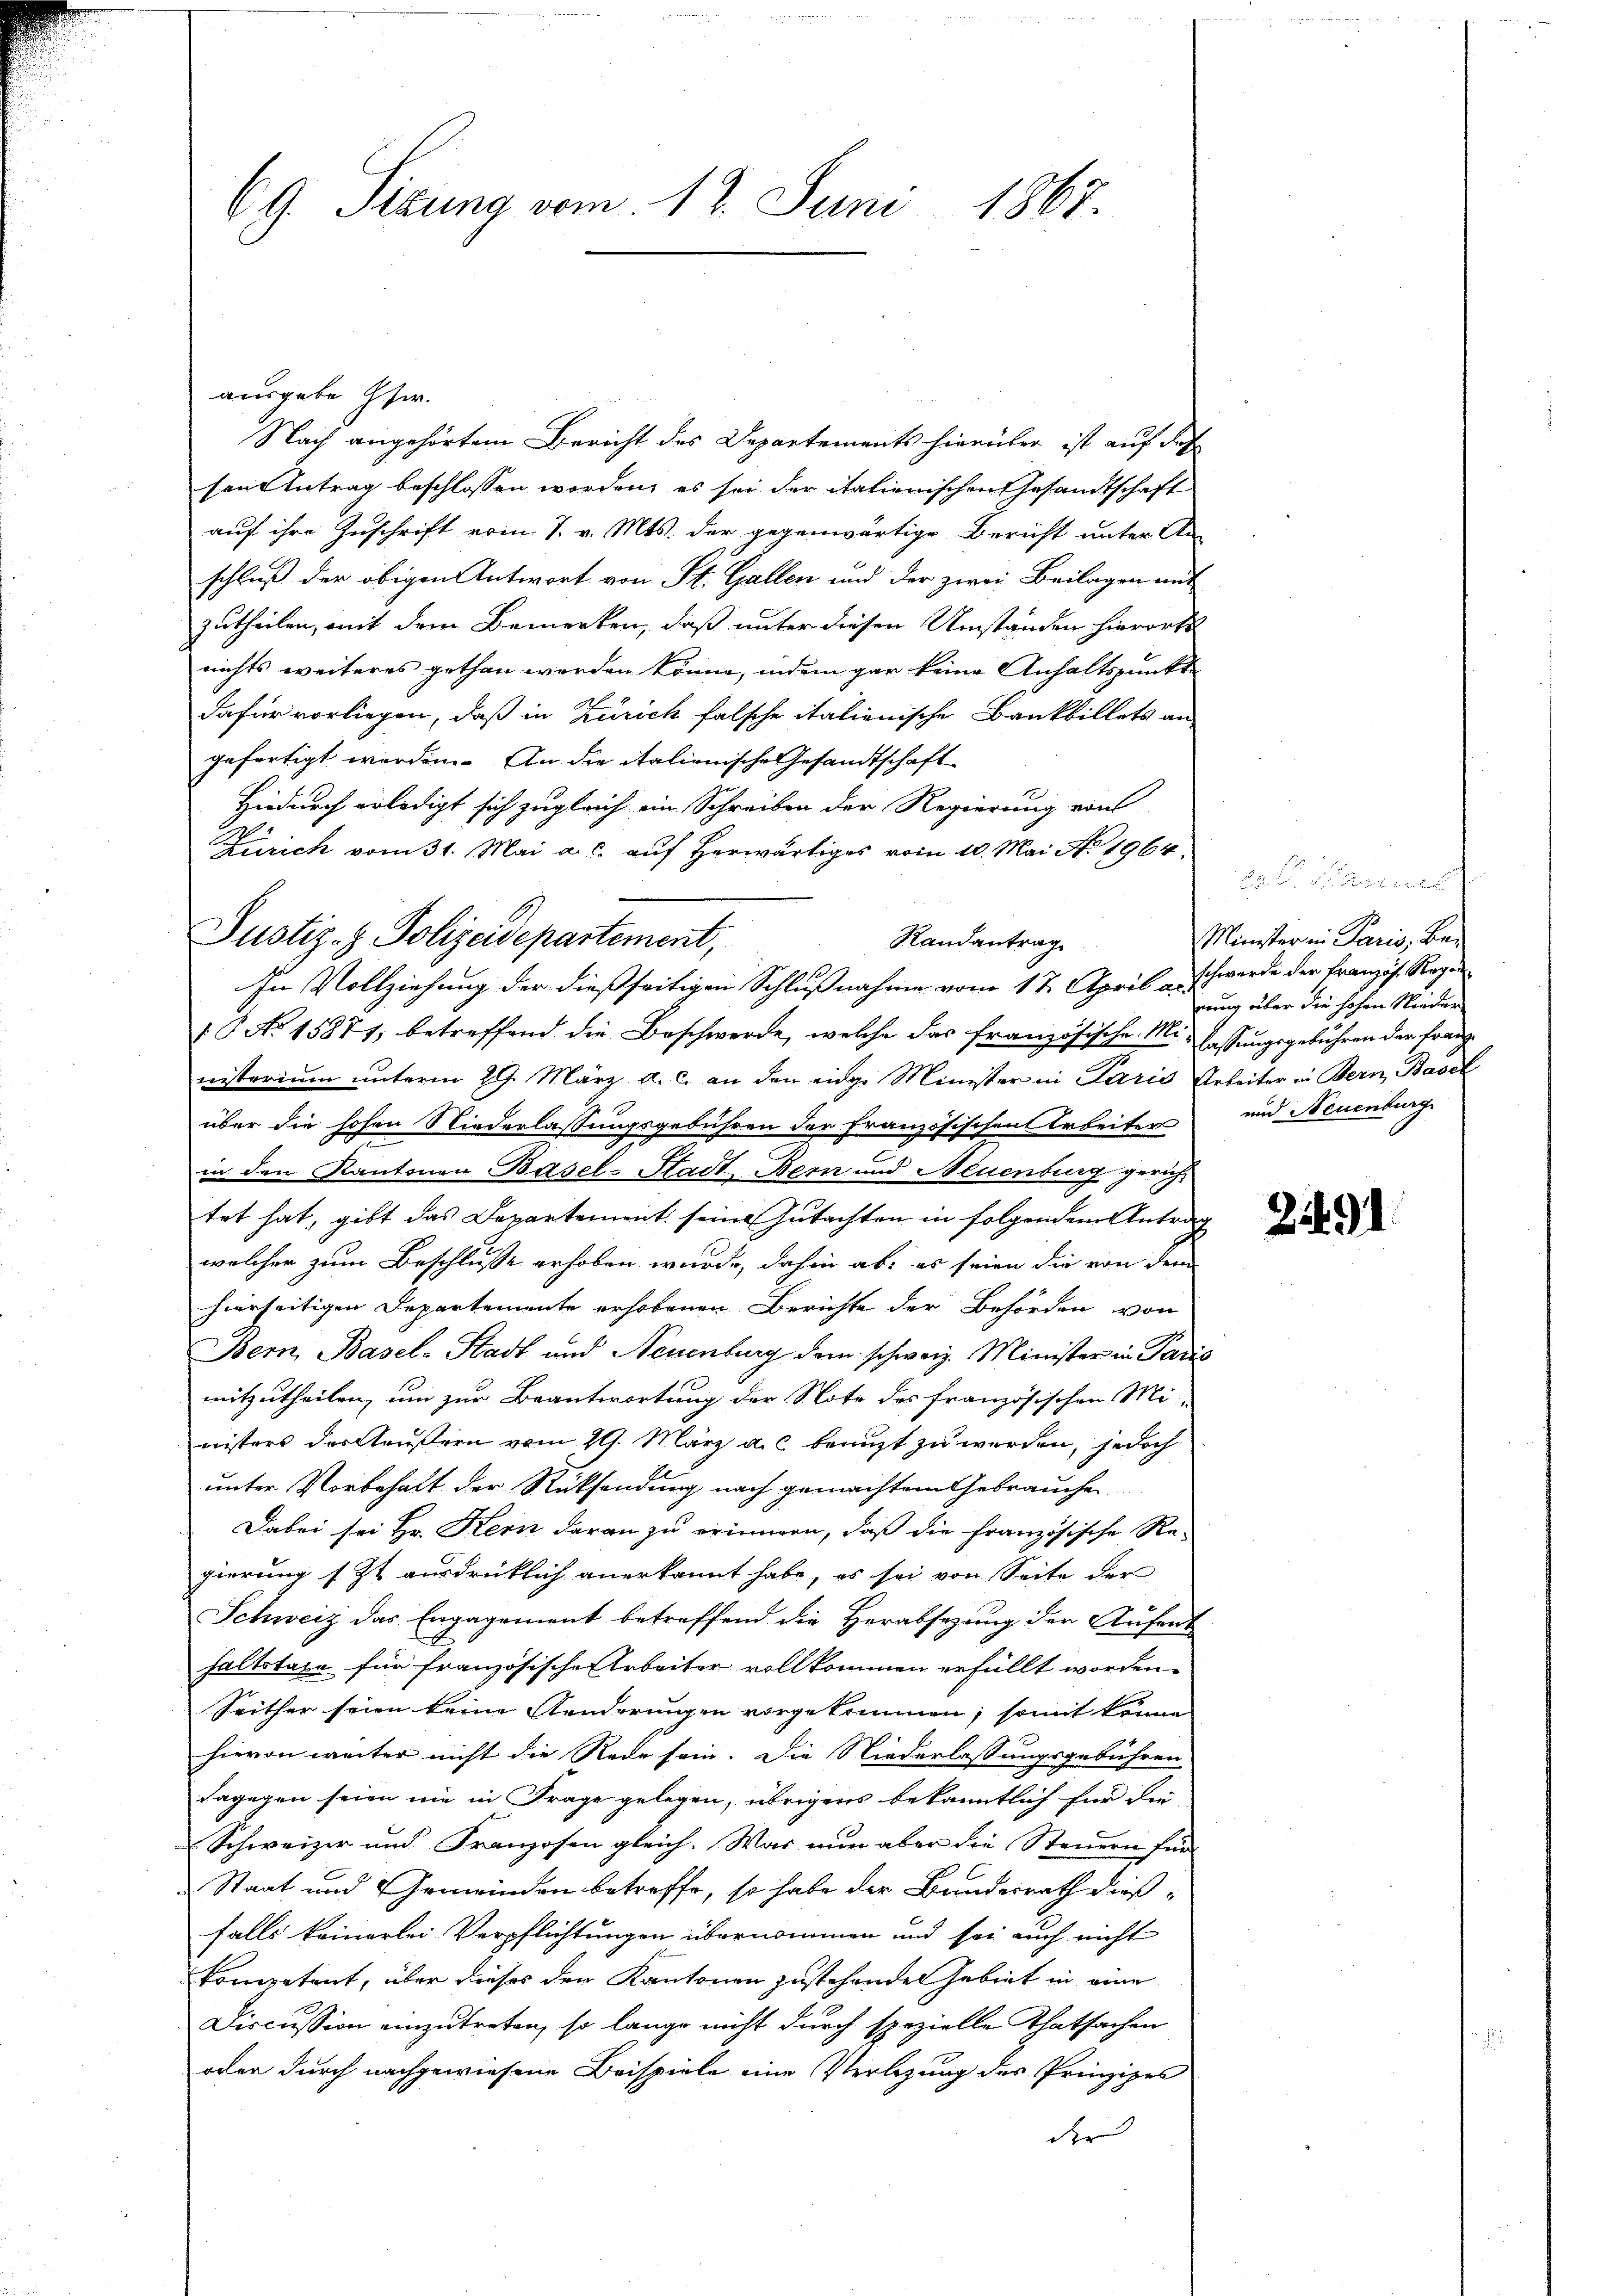
69 Sizung vom 12. Juni 1867.

ausgebe Gfe.
Nach angehörtem Bericht des Departements hierüber ist auf des
sen Antrag beschlossen worden, es sei der italienischen Gesandtschaft
auf ihre Zuschrift vom 7. v. Mts. der gegenwärtige Bericht unter An-
schluß der obigen Antwort von St. Gallen und der zwei Beilagen mit
zutheilen, mit dem Bemerken, daß unter diesen Umständen hierorts
nichts weiteres gethan werden könne, indem gar keine Anhaltspunkt
dafür vorliegen, daß in Zürich falsche italienische Bankbillets an
gefertigt worden. An die italionische Gesandtschaft
Hiedurch erledigt sich zugleich ein Schreiben der Regierung von
Zürich vom 31. Mai a. c. auf Herwärtiges vom 10. Mai No 1964.
Randantrag
T No 15877; betreffend die Beschwerde, welche das französische Mit lassungsgebühren der franznisterium unterm 29. März a. c. an den einge Minister in Paris Arbeiter in Bern, Basel
über die hohen Niederlassungsgebühren der Französischen Arbeiter und Neuenburg
.
in den Kantonen Basel-Stadt Bern und Neuenburg gericht
tet hat, gibt das Departement seine Gutachten in folgendem Antrag
welcher zum Beschlusse erhoben wurde, dahin ab, es seien die von dem
hierseitigen Departemente erhobenen Berichte der Behörden von
Bern, Basel-Stadt und Neuenburg dem schweiz. Minister in Paris
mitzutheilen, um zur Beantwortung der Note des französischen Mi-
nisters der Aeußern vom 29. März a.c. benuzt zu werden, jedoch
unter Vorbehalt der Rücksendung nach gemachtem Gebrauche
Dabei sei Hr. Kern daran zu erinnern, daß die Französische Re-
gierung s. Zt. ausdrücklich anerkannt habe, es sei von Seite der
t
Schweiz das Engagement betreffend die Herabsezung der Anfant
haltstaxe für französische Arbeiter vollkommen erfüllt worden.
Seither seien keine Aenderungen vorgekommen; somit könne
hievon weiter nicht die Rede sein. Die Niederlassungsgebühren
dagegen seien nie in Frage gelegen, übrigens bekanntlich für die
Schweizer und Franzosen gleich. Was nun aber die Steuern für
Staat und Gemeinden betreffe, so habe der Bundesrath dießfalls keinerlei Verpflichtungen übernommen und sei auch nicht
kompetent, über dieses den Kantonen zustehenden Gebiet in eine
Discussion einzutreten, so lange nicht durch spezielle Thatsachen
oder durch nachgewiesene Beispiele eine Verlegung des Prinzipes
der

Justiz- & Polizeidepartement,
In Vollziehung der dießseitigen Schlußnahme vom 17. April schwerde der Französ. Regen¬

10. Fr. Bereige
Minister in Paris, Be-
rung über die hohen Nieder

2291.